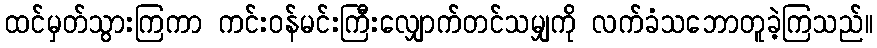
ထင်မှတ်သွားကြကာ ကင်းဝန်မင်းကြီးလျှောက်တင်သမျှကို လက်ခံသဘောတူခဲ့ကြသည်။